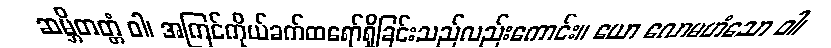
ဆမ္ဘိတတ္တံ ဝါ၊ အကြင်ကိုယ်ခက်ထရော်ရှိခြင်းသည်လည်းကောင်း။ ယော လောမဟံသော ဝါ၊